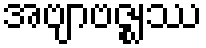
အဗျာဗဇ္ဈဿ